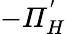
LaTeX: -\mathit{\Pi}_{H}^{'}